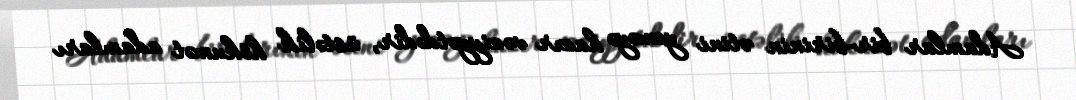
Adamlar bir-birinin ətini yeməyə hazır vəziyyətdədir, üstəlik hökumət adamları